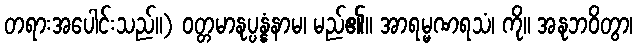
တရားအပေါင်းသည်။) ဝတ္တမာနုပ္ပန္နံနာမ၊ မည်၏။ အာရမ္မဏရသံ၊ ကို။ အနုဘဝိတွာ၊